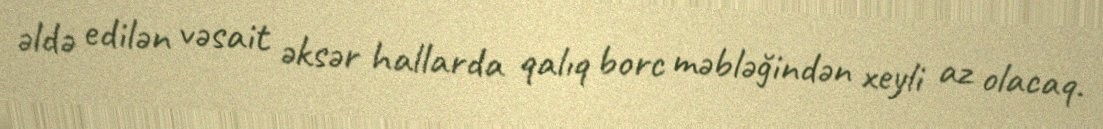
əldə edilən vəsait əksər hallarda qalıq borc məbləğindən xeyli az olacaq.